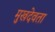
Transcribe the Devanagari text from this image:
मुखदेवता